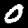
Label: 0